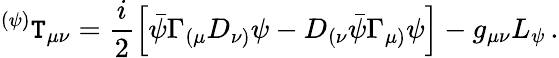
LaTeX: {}^{(\psi)}\mathtt{T}_{\mu\nu}=\frac{{i}}{{2}}\left[\bar{{\psi}}\Gamma_{(\mu}D_{\nu)}\psi-D_{(\nu}\bar{{\psi}}\Gamma_{\mu)}\psi\right]-g_{\mu\nu}L_{\psi}\, .